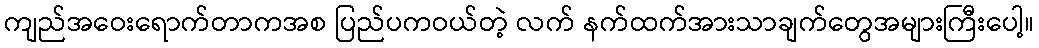
ကျည်အဝေးရောက်တာကအစ ပြည်ပကဝယ်တဲ့ လက် နက်ထက်အားသာချက်တွေအများကြီးပေါ့။